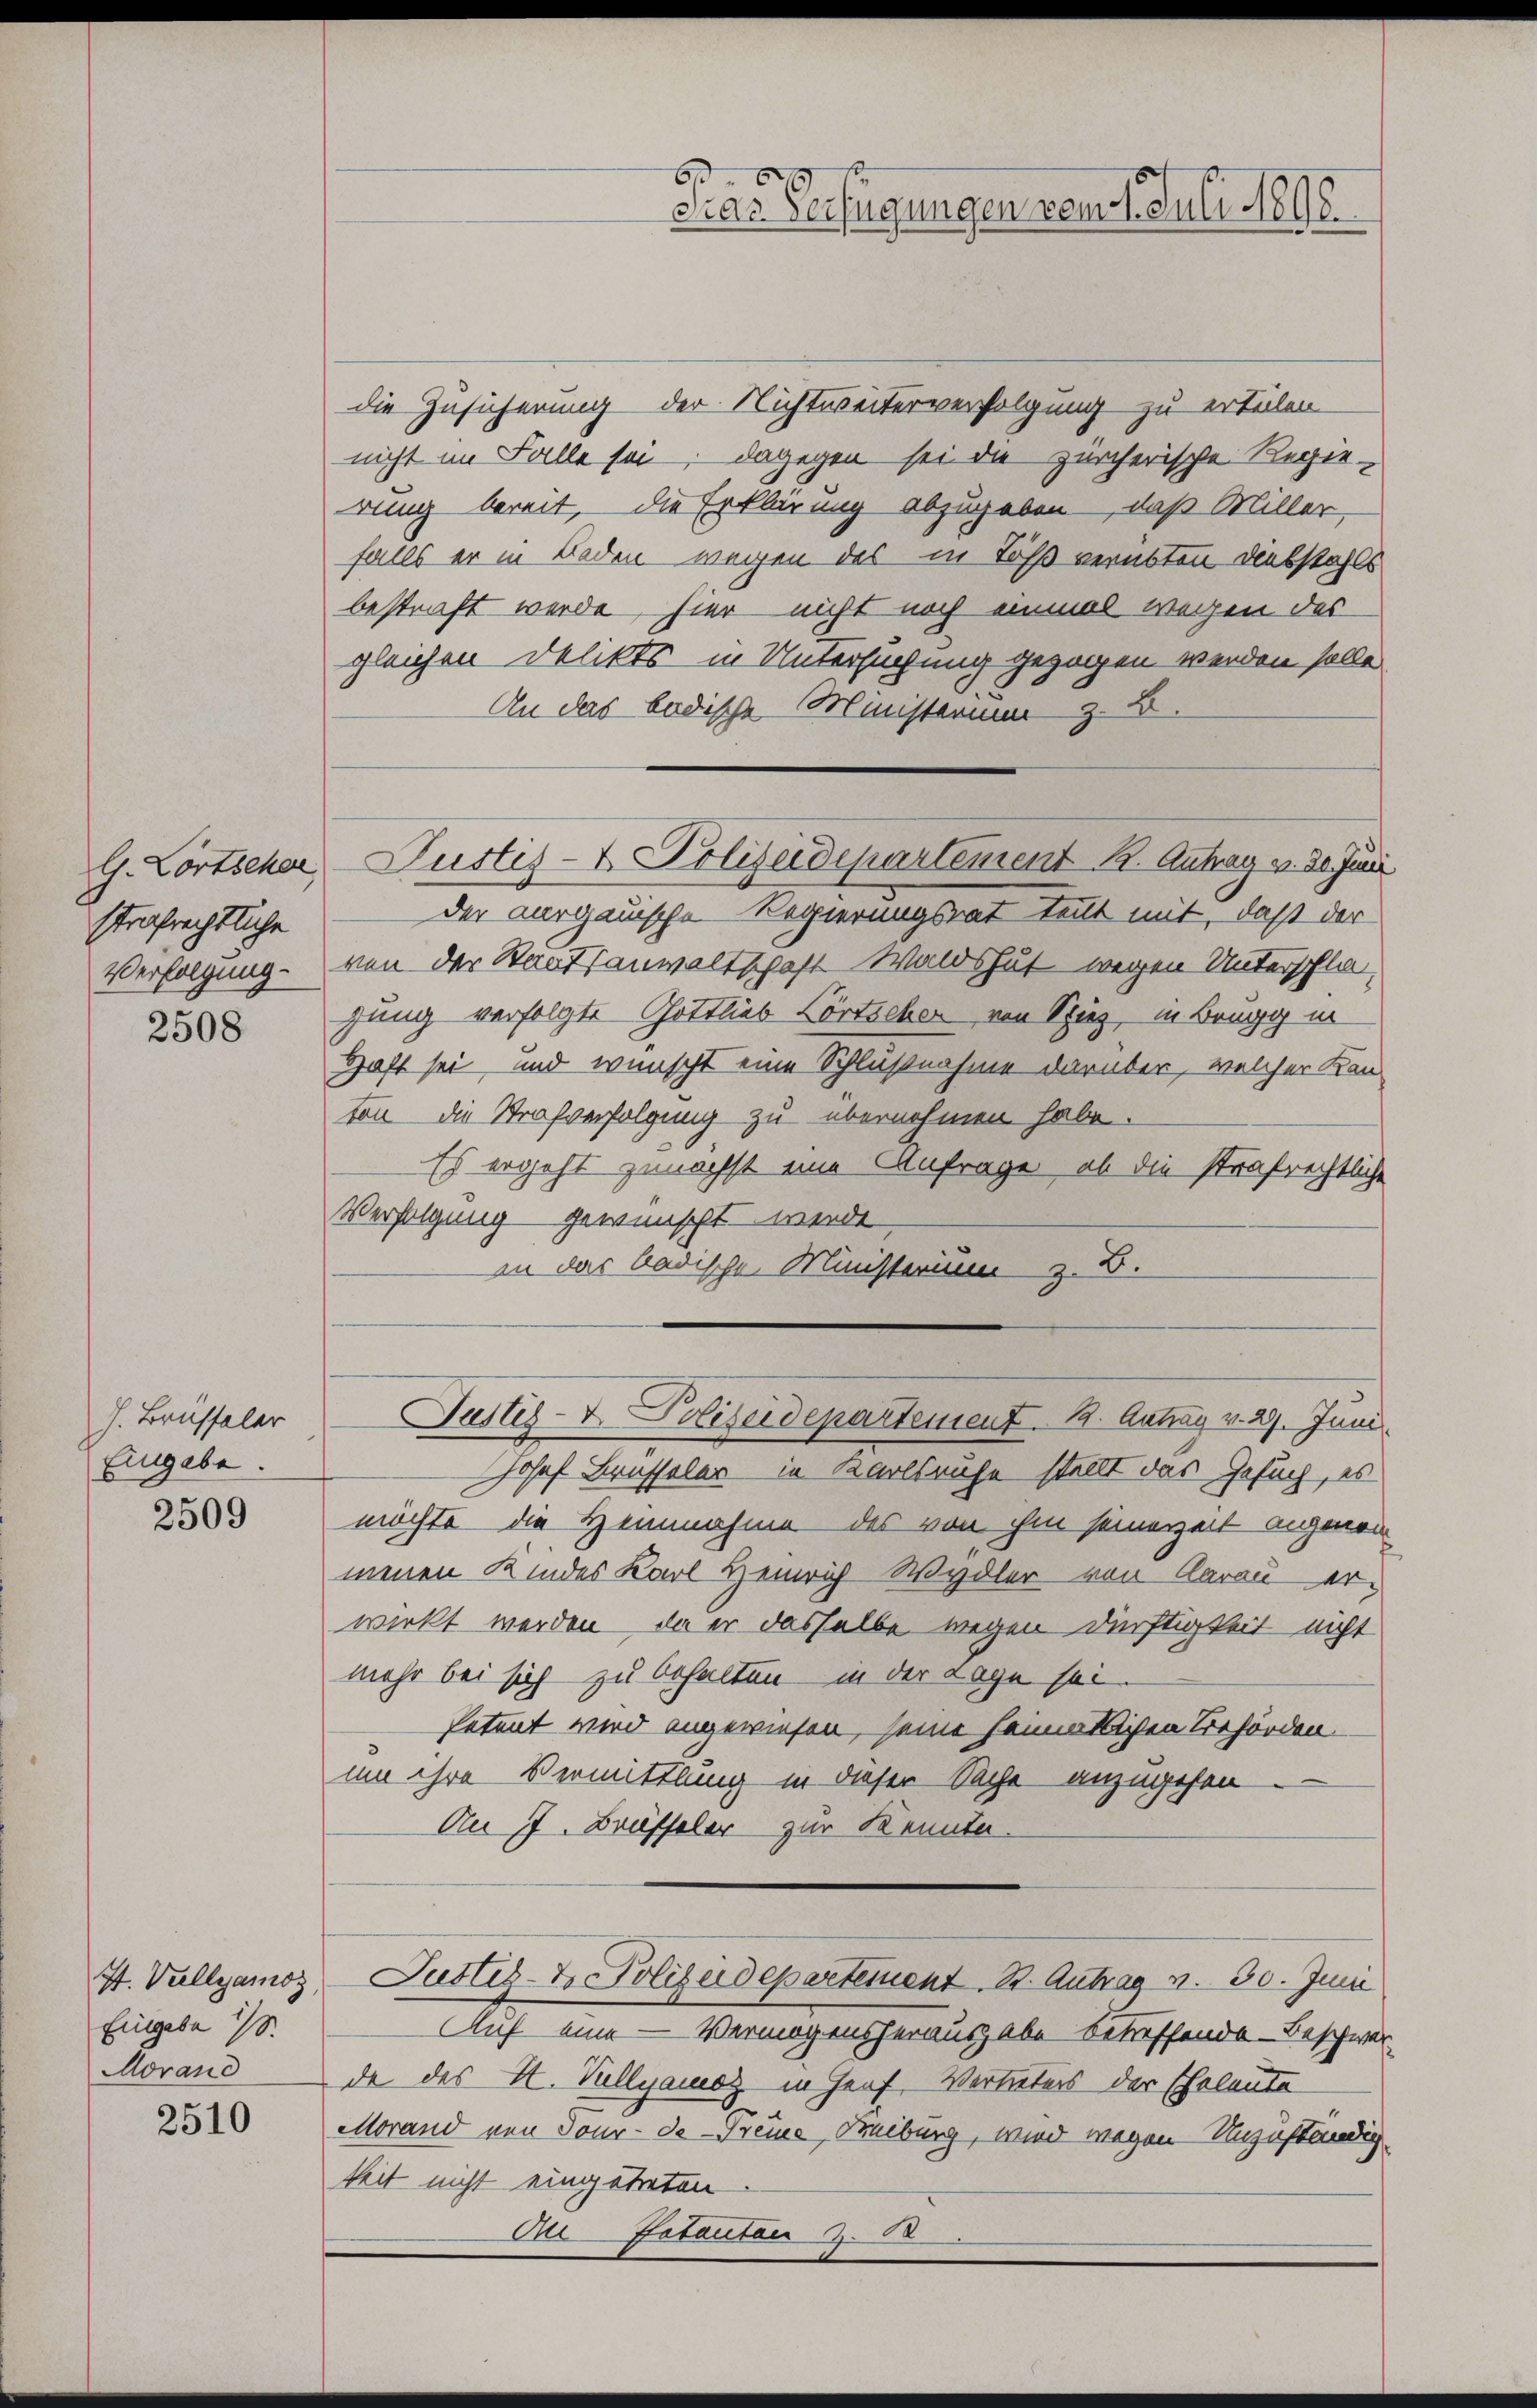
G. Lortschar
strafrechtliche
Verfolgung

2508

h. Brüsseler
Eingabe.

2509

It. Vallyamoz,
Eingabe
Adrand

2510

die Zusicherung der Nichtweiterverfolgung zu erteilen
nicht im Falle sei; dagegen sei die zürcherische Regie-
rung bereit, die Erklärung abzugeben, daß Miller,
falls er in Boden wegen des in Töß verübten Diebstahls
bestraft werde, hier nicht noch einmal wegen des
gleichen Delikts in Untersuchung gezogen werden solle.
An das badische Ministerium z. B.
der aargauische Regierungsrat teilt mit, daß der
ven der Staatsanwaltschaft Waldshut wegen Unterschla
gung verfolgte Gottlieb Fortschen von Spiez, in Brugg in
Haft sei, und wünscht eine Schlußnahme darüber, welcher Kanton die Strafverfolgung zu übernehmen habe.
Es ergeht zunächst eine Anfrage, ob die strafrechtliche
Verfolgung gewünscht werde,
an das badische Ministerium z. B.

6
Fras Verfügungen vom 11. Juli 1890.

Justiz- & Polizeidepartement K. Antrag v. 30. Juni

Justiz- & Polizeidepartement. 1. Antrag v. 29. Juni

Josef Brüsseler in Karlsruhe stellt das Gesuch, es
möchte die Heinnahme des von ihm seinerzeit angenom
menen Kindes Karl Heinrich Wydler von Aarau er-
wirkt werden, da er dasselbe wegen dürftigkeit nicht
mehr bei sich zu behalten in der Lage sei.
Petent wird angewiesen, seine heimatlichen Beförden.
um ihre Vermittlung in dieser Sache anzugehen
An 17. Brüffeler zur Kennte.
Justiz-Do. Polizeidepartement St. Antrag v. 30. Juni
Auf eine — Vermögensherausgabe betreffende Beschwer
da des H. Villyamoz in Genf, Vertreters der Eheleute
Morand von Tour- de Treue, Freiburg, wird wegen Unzuständigkeit nicht eingetreten
DiFotanten u. 18